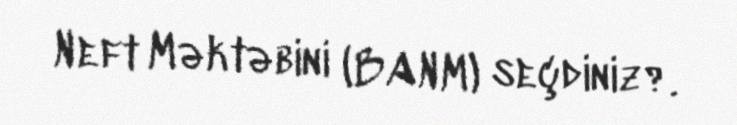
Neft Məktəbini (BANM) seçdiniz?.